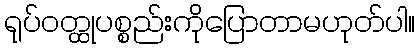
ရုပ်ဝတ္ထုပစ္စည်းကိုပြောတာမဟုတ်ပါ။